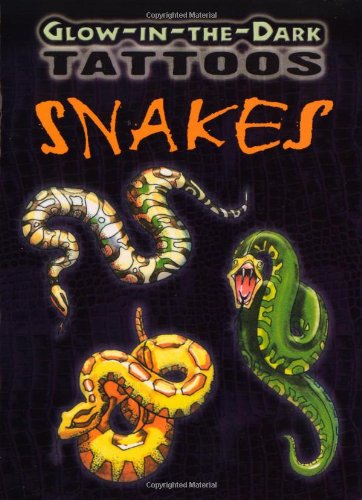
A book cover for Glow-in-the-Dark Tattoos Snakes (Dover Tattoos); Jan Sovak; Children's Books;